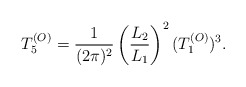
\begin{align*}T_5^{(O)} = {1\over (2\pi)^2} \left({L_2\over L_1}\right)^2 (T_1^{(O)})^3.\end{align*}